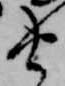
由